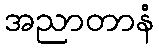
အညာတာနံ